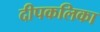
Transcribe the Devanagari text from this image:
दीपकलिका